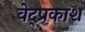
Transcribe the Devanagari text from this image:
वेद्प्रकाश